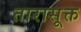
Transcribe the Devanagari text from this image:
तारासूक्त